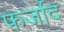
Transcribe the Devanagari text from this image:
फर्जाद